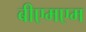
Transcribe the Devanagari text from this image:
बीएमएम